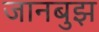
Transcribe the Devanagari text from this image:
जानबुझ